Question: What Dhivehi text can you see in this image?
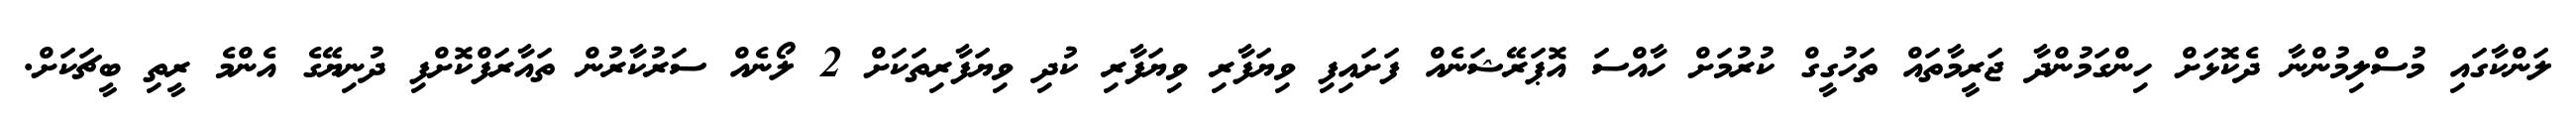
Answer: ލަންކާގައި މުސްލިމުންނާ ދެކޮޅަށް ހިންގަމުންދާ ޖަރީމާތައް ތަހުގީގް ކުރުމަށް ހާއްސަ އޮޕަރޭޝަނެއް ފަށައިފި ވިޔަފާރި ވިޔަފާރި ކުދި ވިޔަފާރިތަކަށް 2 ލޯނެއް ސަރުކާރުން ތައާރަފްކޮށްފި ދުނިޔޭގެ އެންމެ ރީތި ބީޗަކަށް.